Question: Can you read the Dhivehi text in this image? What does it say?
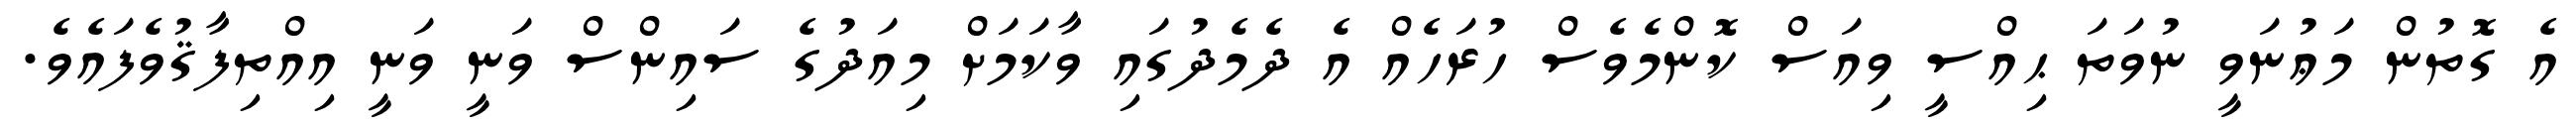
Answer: އެ ގޮތުން މަޢުނަވީ ނުވަތަ ޙިއްސީ ވިއަސް ކޮންމެވެސް ހުރަހެއް އެ ދެމެދުގައި ވާކަމަށް މިއަދުގެ ސައިންސް ވަނީ ވަނީ އިއްތިފާޤުވެފައެވެ.